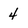
Character: 4